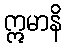
ဣမာနိ